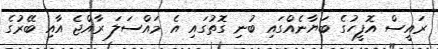
ރައީސް އޮފީހުގެ ބަޔާނެއްގައި ބުނި ގޮތުގައި އެ މައްސަލަ ރާއްޖެ އާއި ބޭރުގެ